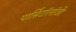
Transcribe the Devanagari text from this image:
पार्सिटॉलॉजी